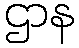
ဌာန